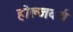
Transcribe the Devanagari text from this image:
होल्जवर्थ